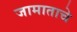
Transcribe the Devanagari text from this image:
जामाताचे